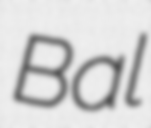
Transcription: Bal